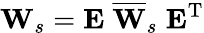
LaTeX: {\mathbf W}_{s}={\mathbf E}\; \overline{{{\mathbf W}}}_{s}\; {\mathbf E}^{{\mathrm T}}